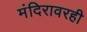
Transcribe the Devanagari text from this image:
मंदिरावरही